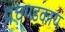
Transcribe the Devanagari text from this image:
प्रचण्डकाय